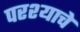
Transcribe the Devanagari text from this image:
परश्याचे